Civil Veterinary Department. United Provinces 1932-42 - 1932-1942
Year: 1932
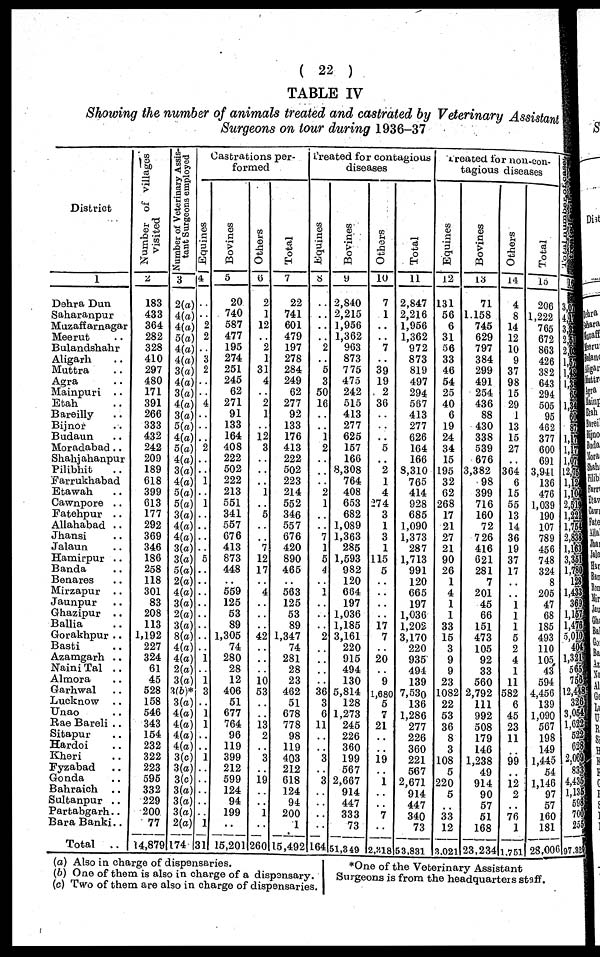
( 22 )
TABLE IV
Showing the number of animals treated and castrated by Veterinary Assistant
Surgeons on tour during 1936-37
District
1
Dohra Dun
Saharanpur
Muzaffarnagar
Meerut ..
Bulandshahr
Aligarh ..
Muttra ..
Agra ..
Mainpuri ..
Etah ..
Bareilly ..
Bijnor ..
Budaun ..
Moradabad..
Shahjahanpur
Pilibhit ..
Farrukhabad ..
Etawah ..
Cawnpore ..
Fatehpur ..
Allahabad ..
Jhansi ..
Jalaun ..
Hamirpur ..
Banda ..
Benares ..
Mirzapur ..
Jaunpur ..
Ghazipur ..
Ballia ..
Gorakhpur ..
Basti ..
Azamgarh ..
Naini Tal ..
Almora ..
Garhwal ..
Lucknow ..
Unao ..
Rae Bareli ..
Sitapur ..
Hardoi ..
Kheri ..
Fyzabad ..
Gonda ..
Bahraich ..
Sultanpur ..
Partabgarh..
Bara Banki..
Total
..
Number of villages
visited
2
183
433
364
282
328
410
297
480
171
391
266
333
432
242
209
189
618
399
613
177
292
369
346
186
258
118
301
83
208
113
1,192
227
324
61
45
628
158
546
343
154
232
322
223
595
332
229
200
77
14,879
Number
of Veterinary Assis-
tant Surgeons employed
3
2(a)
4(a)
4(a)
5(a)
4(a)
4(a)
3(a)
4(a)
3(a)
4(a)
3(a)
5(a)
4(a)
5(a)
4(a)
3(a)
4(a)
5(a)
5(a)
3(a)
4(a)
4(a)
3(a)
3(a)
5(a)
2(a)
4(a)
3(a)
2(a)
3(a)
8(a)
4(a)
4(a)
2(a)
3(a)
3(b)* 3(a)
4(a)
4(a)
4(a)
4(a)
3(c)
3(a)
3(c)
3(a)
3(a)
3(a)
2(a)
174
Castrations per-
formed
Equines
4
..
..
2
2
..
..
..
..
..
..
..
..
..
..
..
..
..
..
..
..
..
..
..
..
..
..
..
..
..
..
..
..
1
..
1
3
..
1 1
..
..
1
..
..
..
..
..
1
31
Bovines
5
20
740
587
477
195
274
251
245
62
271
91
133
164
408
222
502
222
213
551
341
557
676
413
873
448
559
125
53
89
1,305
74
280
28
12
406
51
677
764
96
119
399
212
599
124
94
199
..
15,201
Others
6
2
1
12
..
2
1
31
4
..
2
1
..
12
3
..
..
..
1
..
5
..
..
7
12
17
..
4
..
..
..
42
..
..
..
10
53
..
..
13
2
..
3
..
19
..
..
1
..
260
Total
7
22
741
601
479
197
278
284
249
62
277
92
133
176
413
222
502
223
214
552
346
557
676
420
890
465
..
563
125
53
89
1,347
74
281
28
23
462
51
678
778
98
119
403
212
618
124
94
200
1
15,492
Treated for contagious
diseases
Equines
8
..
..
..
..
2
5
3
50
16
..
..
1
2
..
2
1
7
1
5
4
..
1
..
..
..
2
..
..
..
..
36
3
6
11
..
..
3
..
3
..
..
..
..
164
Bovines
9
2,840
2,215
1,956
1,362
963
873
775
475
242
515
413
277
625
157
166
8,308
764
408
653
682
1,089
1,363
285
1,593
982
120
684
197
1,036
1,185
3,161
220
915
494
130
5,814
128
1,273
245
226
360
199
567
2,667
914
447
333
73
51,349
Others
10
7
1
..
..
7
39
19
2
36
..
..
..
5
..
2
1
4
274
3
1
3
1
115
5
..
..
..
..
17
7
..
20
..
9
1,680
5
7
21
..
..
19
..
1
..
..
7
..
2,318
Total
11
2,847
2,216
1,956
1,362
972
873
819
497
294
567
413
277
626
164
166
8,310
765
414
928
685
1,090
1,373
287
1,713
991
120
665
197
1,036
1,202
3,170
220
935
494
139
7,530
136
1,286
277
226
360
221
567
2,671
914
447
340
73
53,831
Treated for non-con-
tagious diseases
Equines
12
131
56
6
31
56
33
46
54
25
40
6
19
24
34
15
195
32
62
268
17
21
27
21
90
26
1
4
1
1
33
15
3
9
9
23
1082
22
53
36
8
3
108
5
220
5
..
33
12
3,021
Bovines
13
71
1,158
745
629
797
384
299
491
254
436
88
430
338
539
676
3,382
98
399
716
160
72
726
416
621
281
7
201
45
66
151
473
105
92
33
560
2,792
111
992
508
179
146
1,238
49
914
90
57
51
168
23,234
Others
14
4
8
14
12
10
9
37
98
15
29
1
13
15
27
..
364
6
15
55
13
14
36
19
37
17
..
..
1
1
1
5
2
4
1
11
582
6
45
23
11
..
99
..
12
2
..
76
1
1,751
Total
16
206
1,222
765
672
863
426
382
643
294
505
95
462
377
600
691
3,941
136
476
1,039
190
107
789
456
748
324
8
205
47
68
185
493
110
105
43
594
4,456
139
1,090
567
198
149
1,445
54
1,146
97
57
160
181
28,006
1
1
1
1
1
1
1
1
1,
1,
2,
1,
1,
2,
1,
3,
1,
1,
1
1
5
1,
12
3,
1,
2,
4,
1,
2
97,3
(a) Also in charge of dispensaries.
(b) One of them is also in charge of a dispensary.
(c) Two of them are also in charge of dispensaries.
*One of the Veterinary Assistant
Surgeons is from the headquarters staff.